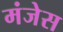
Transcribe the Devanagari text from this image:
मंजेस